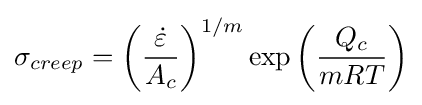
\sigma _{creep}=\left({\frac {\dot {\varepsilon }}{A_{c}}}\right)^{1/m}\exp {\left({\frac {Q_{c}}{mRT}}\right)}